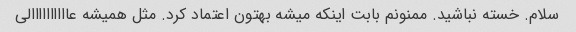
سلام. خسته نباشید. ممنونم بابت اینکه میشه بهتون اعتماد کرد. مثل همیشه عاااااااااالی